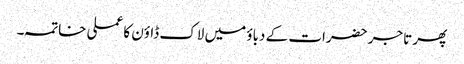
پھر تاجر حضرات کے دباؤ میں لاک ڈاؤن کا عملی خاتمہ۔